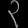
Digit: ၃